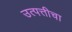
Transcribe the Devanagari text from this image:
उत्पत्तीचा